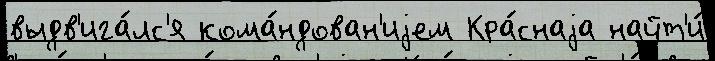
выдв'ига́лс'я кома́ндован'иjем Кра́снаjа найт'и́